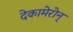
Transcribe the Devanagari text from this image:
देकामेरोन्